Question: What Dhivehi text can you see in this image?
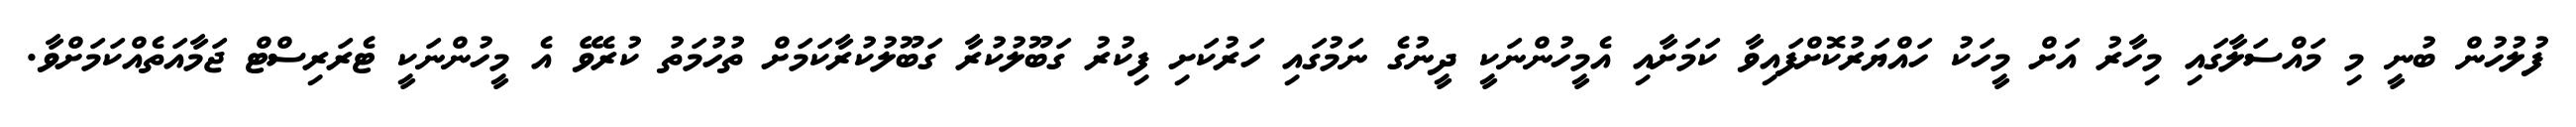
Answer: ފުލުހުން ބުނީ މި މައްސަލާގައި މިހާރު އަށް މީހަކު ހައްޔަރުކޮށްފައިވާ ކަމަށާއި އެމީހުންނަކީ ދީނުގެ ނަމުގައި ހަރުކަށި ފިކުރު ގަބޫލުކުރާ ގަބޫލުކުރާކަމަށް ތުހުމަތު ކުރެވޭ އެ މީހުންނަކީ ޓެރަރިސްޓް ޖަމާއަތެއްކަމަށްވާ.